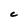
Character: C